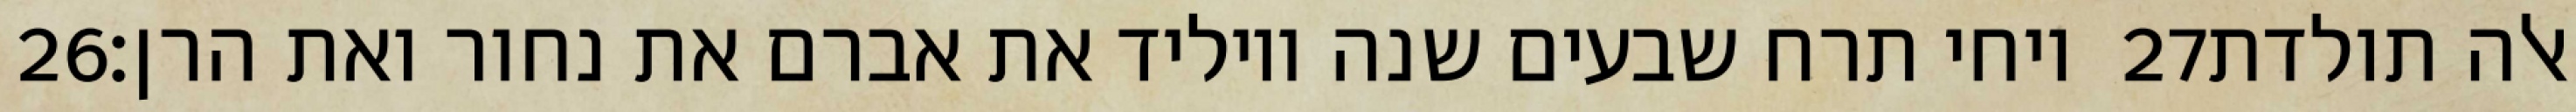
‎26‏ ויחי תרח שבעים שנה ויוליד את אברם את נחור ואת הרן׃ ‎27‏ אלה תולדת